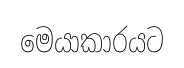
මෙයාකාරයට